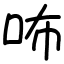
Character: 咘